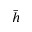
\bar { h }